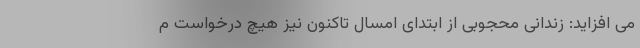
می افزاید: زندانی محجوبی از ابتدای امسال تاکنون نیز هیچ درخواست م